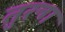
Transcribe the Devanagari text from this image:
तुरन्ग